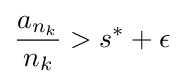
{\frac {a_{n_{k}}}{n_{k}}}>s^{*}+\epsilon